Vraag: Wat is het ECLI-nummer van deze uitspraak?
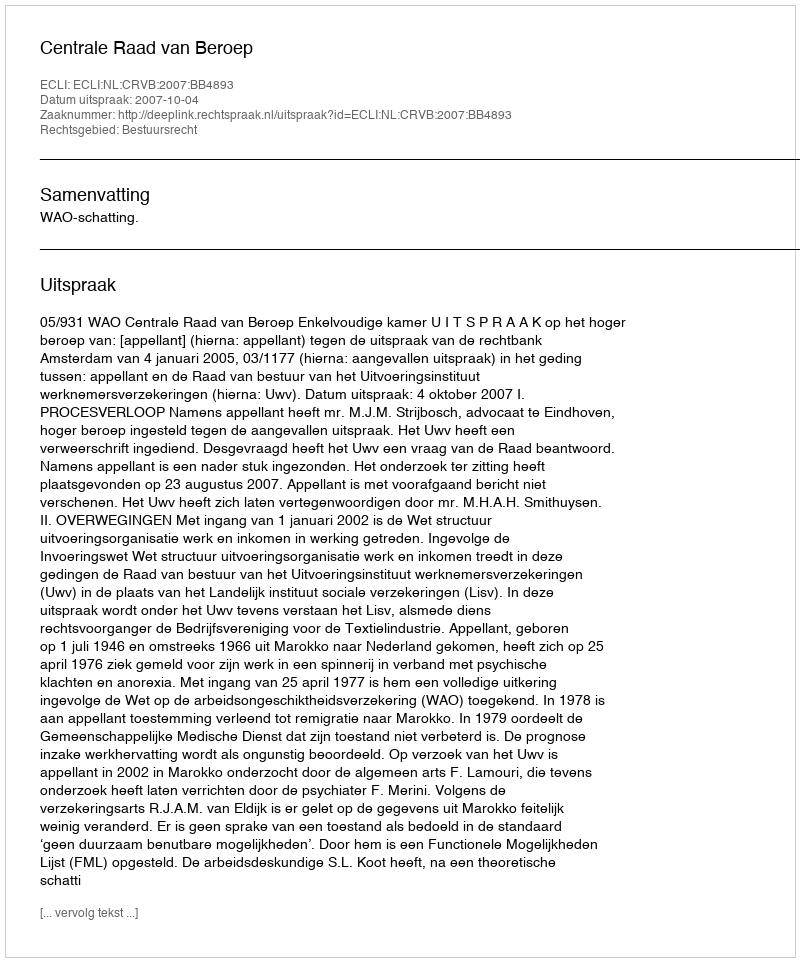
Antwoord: ECLI:NL:CRVB:2007:BB4893